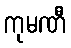
ကုမဏီ